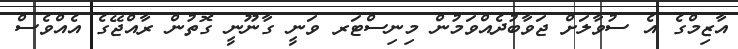
އާޒިމްގެ އެ ސުވާލަށް ޖަވާބުދެއްވަމުން މިނިސްޓަރ ވަނީ ގާނޫނީ ގޮތުން ރާއްޖޭގެ އެއްވެސް